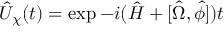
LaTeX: \hat { U } _ { \chi } ( t ) = \exp - i ( \hat { H } + [ \hat { \Omega } , \hat { \phi } ] ) t